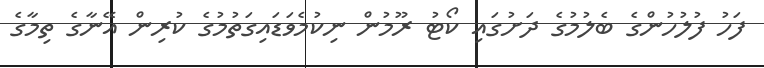
ފަހު ފުލުހުންގެ ބެލުމުގެ ދަށުގައި ކޯޓު ރޫމުން ނިކުމެވަޑައިގަތުމުގެ ކުރިން އޭނާގެ ތިމާގެ